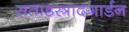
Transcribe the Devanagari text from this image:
सताडस्त्रादगार्डन